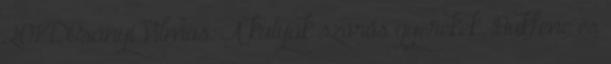
2014. Csányi Vilmos: A kutyák szőrös gyerekek. Bukfenc és